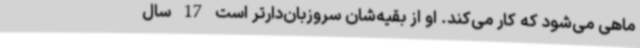
ماهی می‌شود که کار می‌کند. او از بقیه‌شان سروزبان‌دارتر است 17 سال